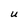
Character: U